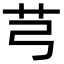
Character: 芎